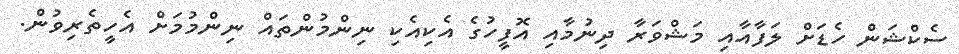
ސެކްޝަން ހެޑަށް ލަފާއާއި މަޝްވަރާ ދިނުމާއި އޮފީހުގެ އެކިއެކި ނިންމުންތައް ނިންމުމަށް އެހީތެރިވުން.